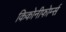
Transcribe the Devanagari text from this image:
किकोनीफोर्म्स